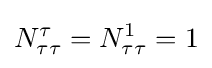
N_{\tau \tau }^{\tau }=N_{\tau \tau }^{1}=1